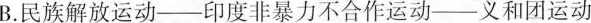
B.民族解放运动——印度非暴力不合作运动——义和团运动